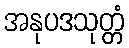
အနုပဒသုတ္တံ